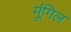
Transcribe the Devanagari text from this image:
मूंगिल